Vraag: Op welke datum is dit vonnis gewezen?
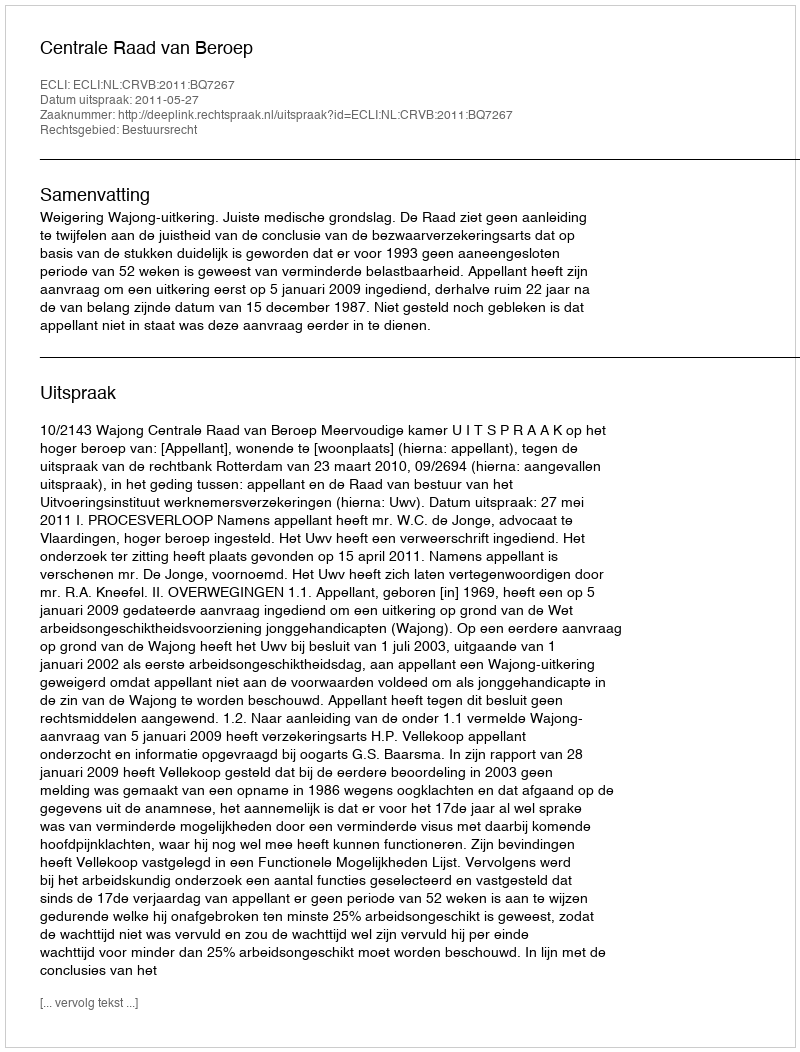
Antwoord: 2011-05-27